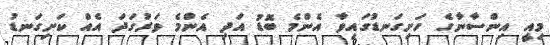
މިއީ އިންސާނާގެ ހަށިގަނޑުގައިވާ އެންމެ ބޮޑު އަދި އެންމެ ވަރުގަދަ އެއް ކަށިގަނޑު